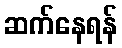
ဆက်နေရန်